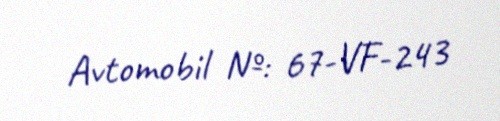
Avtomobil №: 67-VF-243